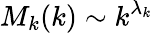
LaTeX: M_{k}(k)\sim k^{\lambda_{k}}